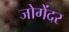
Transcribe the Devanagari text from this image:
जोगेंदर